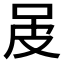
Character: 𤿌